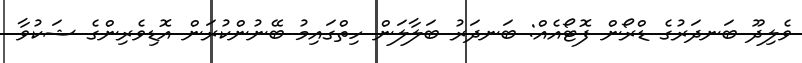
ވެލިދޫ ބަނދަރުގެ ޑްރޯން ފޮޓޯއެއް: ބަނދަރު ބަލާލަން ހިތްގައިމު ބޭނުންކުރަން އޮޑިވެރިންގެ ޝަކުވާ